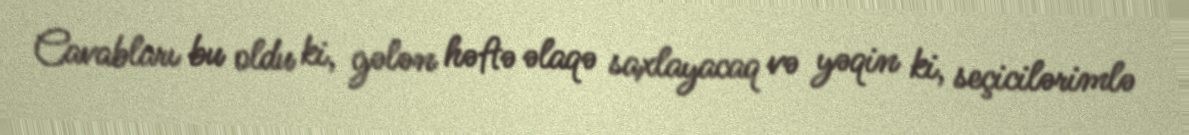
Cavabları bu oldu ki, gələn həftə əlaqə saxlayacaq və yəqin ki, seçicilərimlə